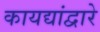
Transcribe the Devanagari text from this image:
कायद्यांद्वारे